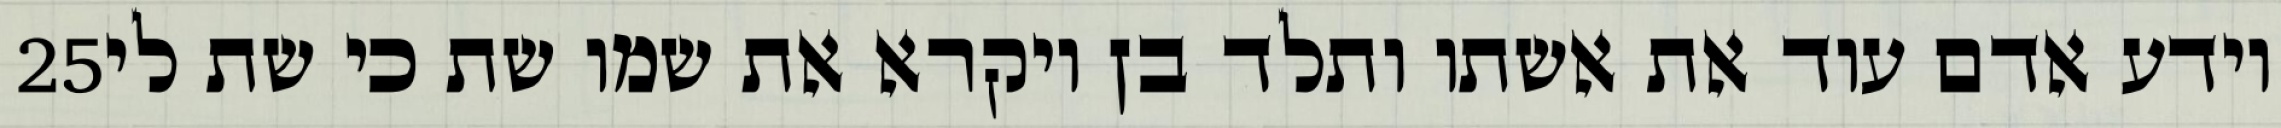
‎25‏ וידע אדם עוד את אשתו ותלד בן ויקרא את שמו שת כי שת לי